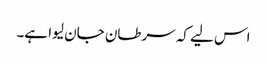
اس لیے کہ سرطان جان لیوا ہے۔